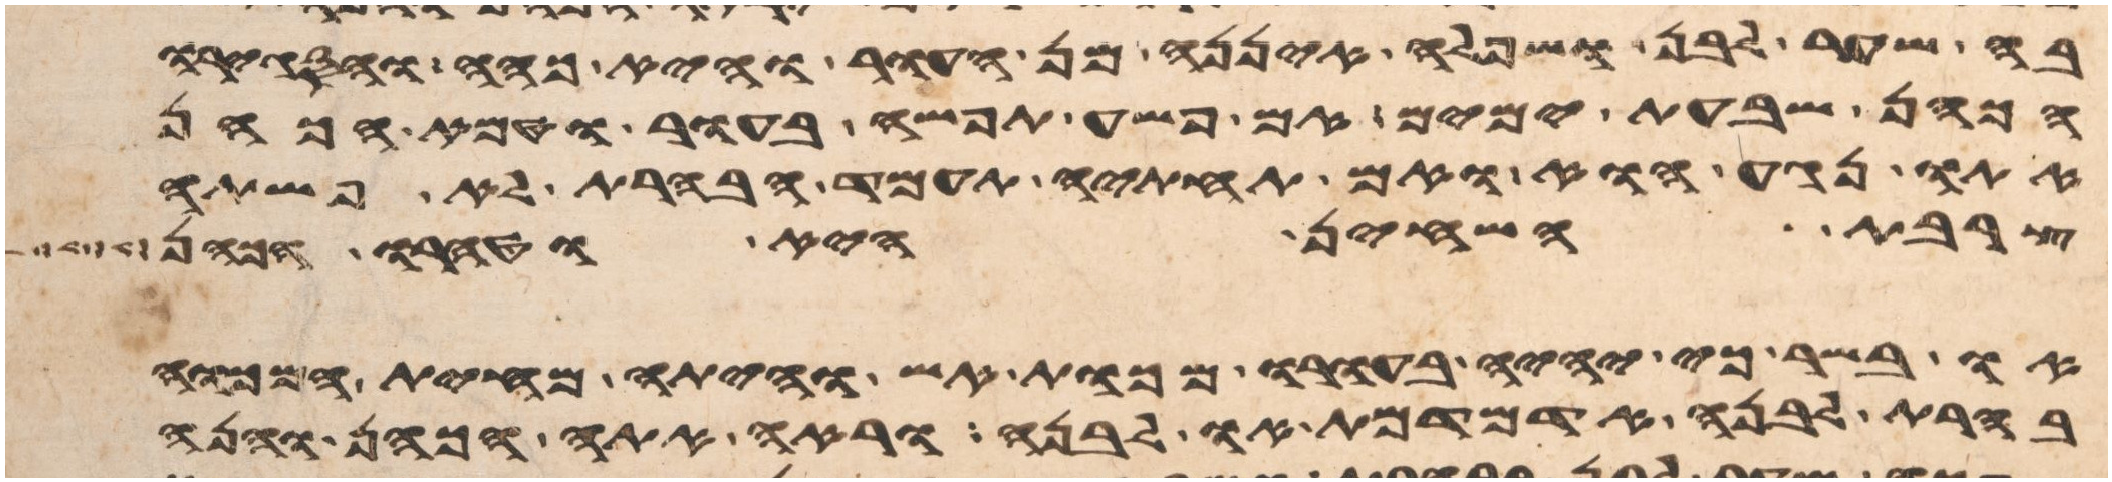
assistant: בה שער לבן ושפלה איננה מן העור והיא כהה והסגירו
הכהן שבעת ימים אם פשה תפשה בעור וטמא הכהן
אתו נגע הוא ואם תחתיה תעמד הבהרת לא פשתה
צרבת השחין היא וטהרו הכהן
או בשר כי יהיה בעורו מכות אש והיתה מחית המכוה
בהרת לבנה אדמדמת או לבנה וראה אתה הכהן והנה